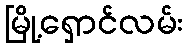
မြို့ရှောင်လမ်း